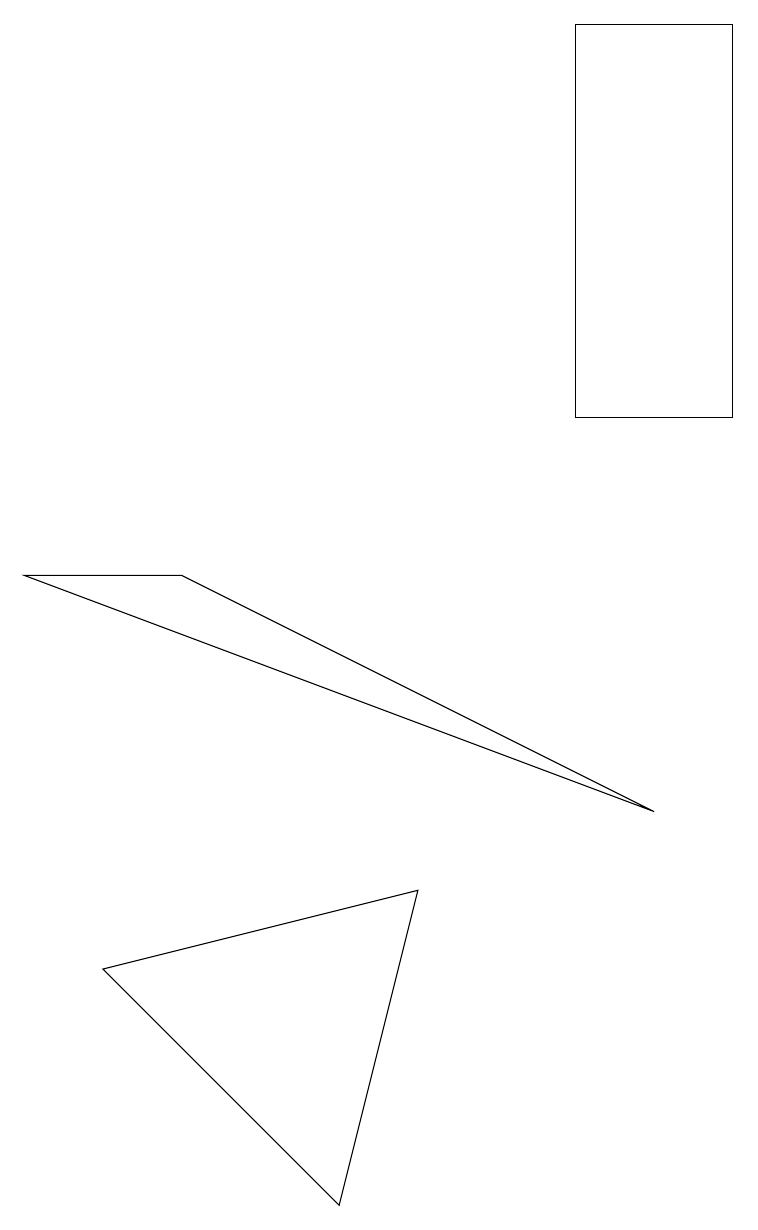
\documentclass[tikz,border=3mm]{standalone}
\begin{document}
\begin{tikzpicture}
\draw (4,1) -- (5,5) -- (1,4) -- cycle;
\draw (7,16) rectangle (9,11);
\draw (0,9) -- (2,9) -- (8,6) -- cycle;
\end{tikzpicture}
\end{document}